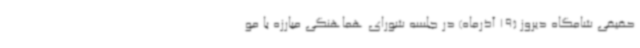
حقیقی شامگاه دیروز (19 آذرماه) در جلسه شورای هماهنگی مبارزه با مو